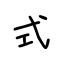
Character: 式